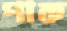
পাক